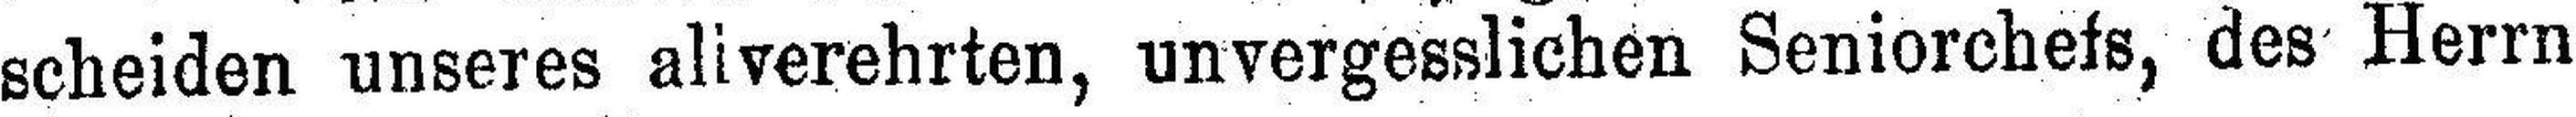
scheiden unseres aliverehrten, unvergesslichen Seniorchefs, des Herrn